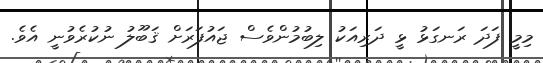
މިމީ ފަދަ ރަނގަޅު ޅީ ދަރިއަކު ލިބުމުންވެސް ޖައުފަރަށް ޤަބޫލު ނުކުރެވުނީ އެވެ.